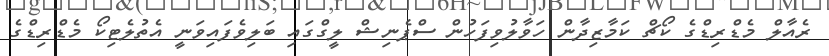
ރެއާލް މެޑްރިޑްގެ ކޯޗް ކަމާޒިދާން ހަވާލުވިފަހުން ސްޕެނިޝް ލީގްގައި ބަލިވެފައިވަނީ އެތުލެޓިކޯ މެޑްރިޑްގެ